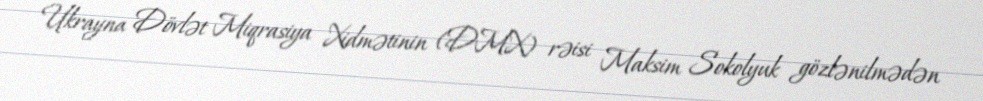
Ukrayna Dövlət Miqrasiya Xidmətinin (DMX) rəisi Maksim Sokolyuk gözlənilmədən